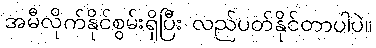
အမီလိုက်နိုင်စွမ်းရှိပြီး လည်ပတ်နိုင်တာပါပဲ။